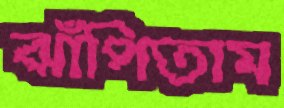
ঝাঁপিতাম